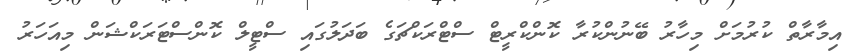
އިމާރާތް ކުރުމަށް މިހާރު ބޭނުންކުރާ ކޮންކްރީޓް ސްޓްރަކްޗަގެ ބަދަލުގައި ސްޓީލް ކޮންސްޓަރަކްޝަން މިއަހަރު